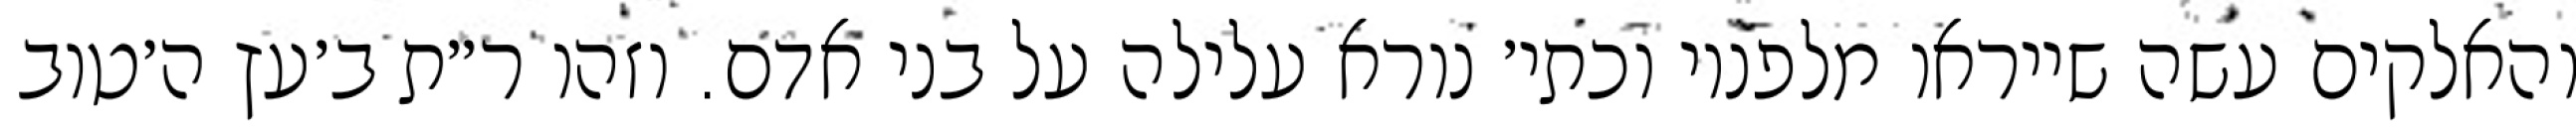
והאלקים עשה שייראו מלפניו וכתי׳ נורא עלילה על בני אדם. וזהו ר״ת ב׳עץ ה׳טוב